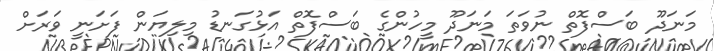
މަނަދޫ ބަސްފޮތް ނުވަތަ މަނަދޫ މީހުންގެ ބަސްފޮތް އަޅުގަނޑު މިލިޔަން ފަށަނީ ވަރަށް